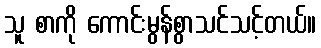
သူ စာကို ကောင်းမွန်စွာသင်သင့်တယ်။